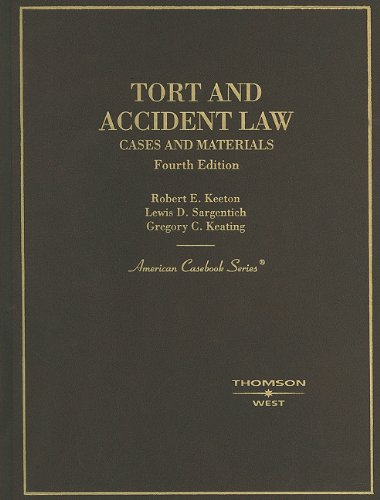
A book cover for Tort and Accident Law: Cases and Materials, 4th (American Casebook Series); ROBERT KEETON; Law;